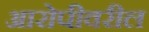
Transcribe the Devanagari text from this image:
आरोपीवरील